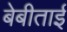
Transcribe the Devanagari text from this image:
बेबीताई